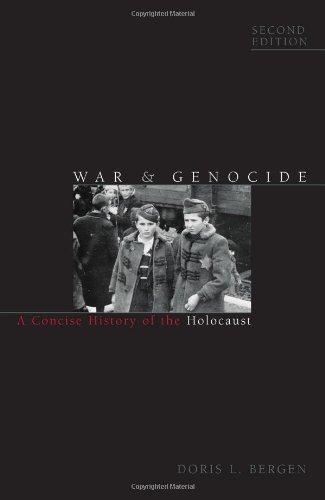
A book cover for War and Genocide: A Concise History of the Holocaust (Critical Issues in World and International History); Doris L. Bergen; History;